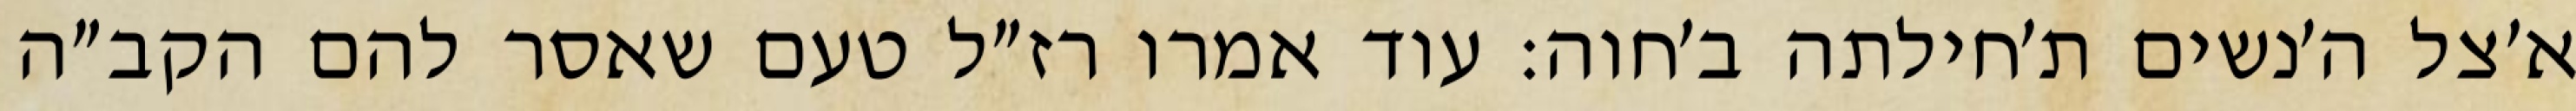
א׳צל ה׳נשים ת׳חילתה ב׳חוה: עוד אמרו רז״ל טעם שאסר להם הקב״ה